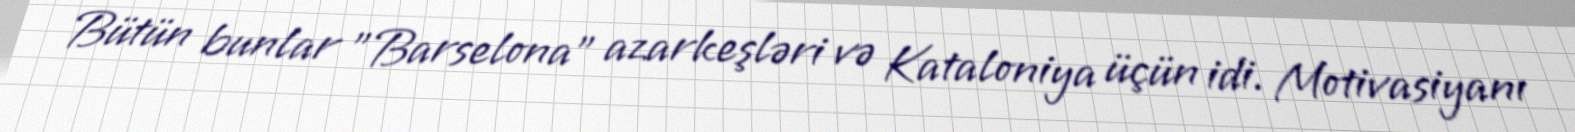
Bütün bunlar "Barselona" azarkeşləri və Kataloniya üçün idi. Motivasiyanı